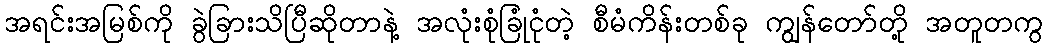
အရင်းအမြစ်ကို ခွဲခြားသိပြီဆိုတာနဲ့ အလုံးစုံခြုံငုံတဲ့ စီမံကိန်းတစ်ခု ကျွန်တော်တို့ အတူတကွ